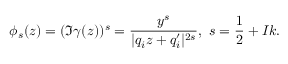
\phi _ { s } ( z ) = ( \Im \gamma ( z ) ) ^ { s } = \frac { y ^ { s } } { | q _ { i } z + q _ { i } ^ { \prime } | ^ { 2 s } } , ~ s = \frac { 1 } { 2 } + I k .